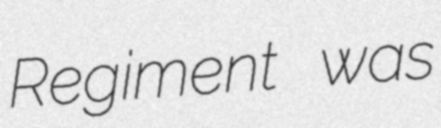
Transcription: Regiment was